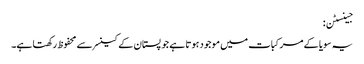
جینسٹن:
یہ سویا کے مرکبات میں موجود ہوتا ہے جو پستان کے کینسر سے محفوظ رکھتا ہے۔